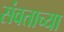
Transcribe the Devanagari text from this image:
संवताच्या